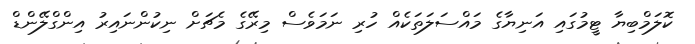
ކޮލަމްބިޔާ ޓީމުގައި އަނިޔާގެ މައްސަލަތަކެއް ހުރި ނަމަވެސް މިރޭގެ މެޗަށް ނިކުންނައިރު އިންގްލޭންޑް